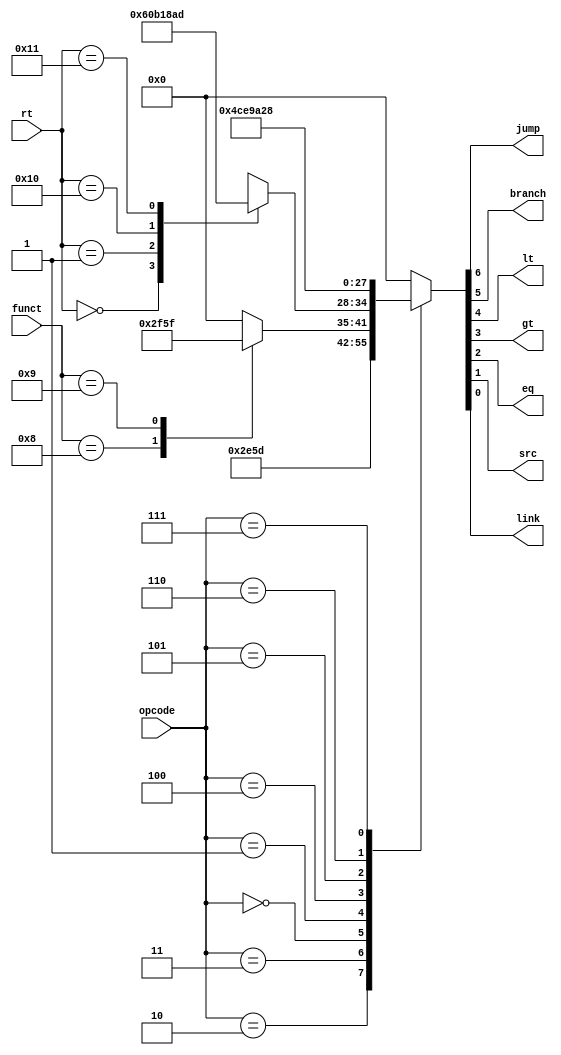
module branch_dec(input  [5:0] opcode,
                 input  [4:0] rt,
                 input  [5:0] funct,
                 output       jump,
                 output       branch,
                 output       lt, gt, eq, src,
                 output       link);

  reg [6:0] controls;

  assign  {jump, branch, lt, gt, eq, src, link} = controls;

  always @ ( * )
    case(opcode)
      6'b000010: controls <= 7'b1011100;      // J
      6'b000011: controls <= 7'b1011101;      // JAL
      6'b000000: // R-type
        case(funct)
          6'b001000: controls <= 7'b1011110;  // JR
          6'b001001: controls <= 7'b1011111;  // JALR
          default:   controls <= 7'b0000000;  // Another R-type, no branching
        endcase
      6'b000001: // opcodecode 1
        case(rt)
          5'b00000: controls <= 7'b0110000;   // BLTZ
          5'b00001: controls <= 7'b0101100;   // BGEZ
          5'b10000: controls <= 7'b0110001;   // BLTZAL
          5'b10001: controls <= 7'b0101101;   // BGEZAL
          default:  controls <= 7'bxxxxxxx;   // Unsupported instruction
        endcase
      6'b000100: controls <= 7'b0100110;      // BEQ
      6'b000101: controls <= 7'b0111010;      // BNE
      6'b000110: controls <= 7'b0110100;      // BLEZ
      6'b000111: controls <= 7'b0101000;      // BGTZ
      default:   controls <= 7'b0000000;      // All others, no branching
    endcase
endmodule